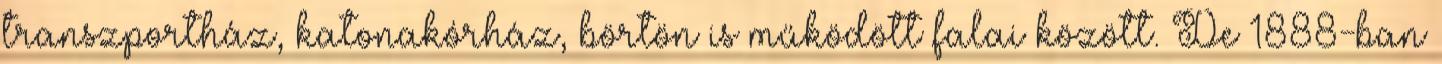
transzportház, katonakórház, börtön is működött falai között. De 1888-ban